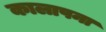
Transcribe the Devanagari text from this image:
कालापना